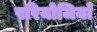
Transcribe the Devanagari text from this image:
परियोजियाँ